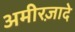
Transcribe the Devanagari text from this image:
अमीरज़ादे